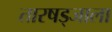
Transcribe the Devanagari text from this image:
तारषड्जाला